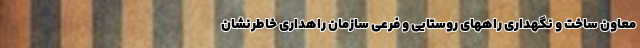
معاون ساخت و نگهداری راههای روستایی و فرعی سازمان راهداری خاطرنشان